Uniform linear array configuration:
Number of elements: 12
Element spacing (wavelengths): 0.75
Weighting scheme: binomial
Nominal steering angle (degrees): -60
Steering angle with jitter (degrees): -60.43
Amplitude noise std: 0.05
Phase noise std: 0.05

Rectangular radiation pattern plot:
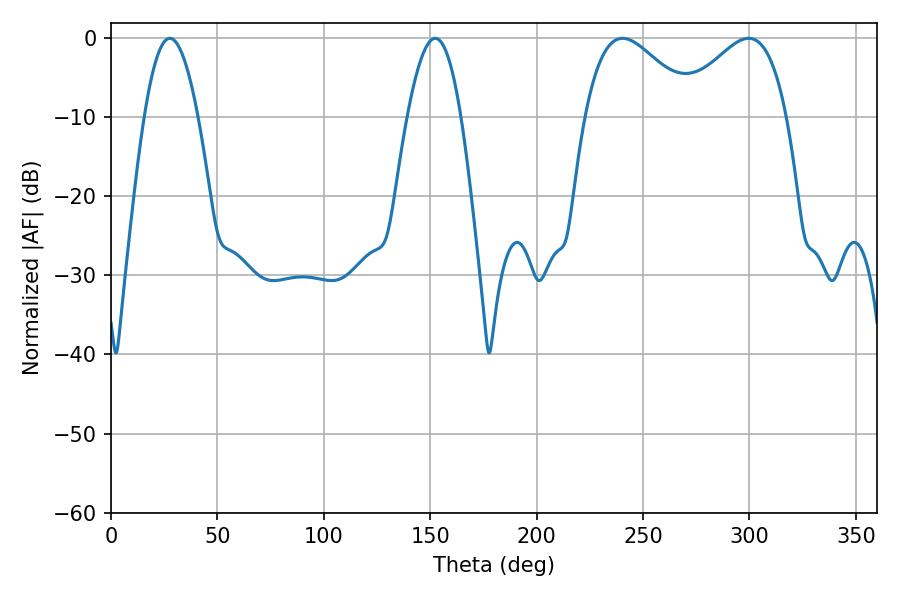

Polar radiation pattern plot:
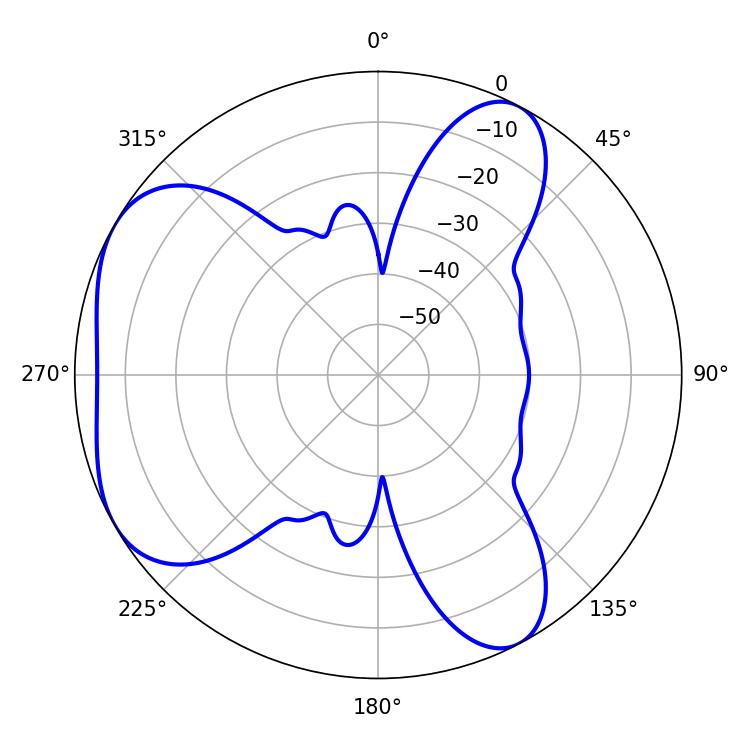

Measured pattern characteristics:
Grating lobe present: TRUE
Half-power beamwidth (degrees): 27.72
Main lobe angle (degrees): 240.3